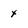
Character: x